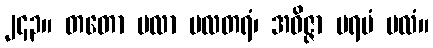
၂၄၃။ တတော မလာ မလတရံ၊ အဝိဇ္ဇာ ပရမံ မလံ။